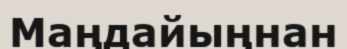
Маңдайыңнан